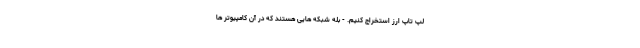
لپ تاپ ارز استخراج کنیم. - بله شبکه هایی هستند که در آن کامپیوتر ها